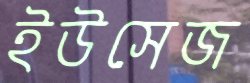
ইউসেজ